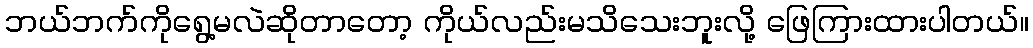
ဘယ်ဘက်ကိုရွေ့မလဲဆိုတာတော့ ကိုယ်လည်းမသိသေးဘူးလို့ ဖြေကြားထားပါတယ်။